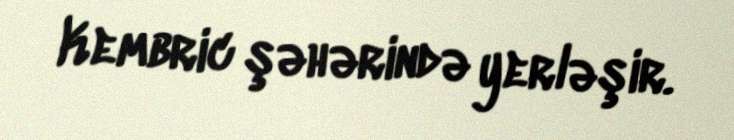
Kembric şəhərində yerləşir.